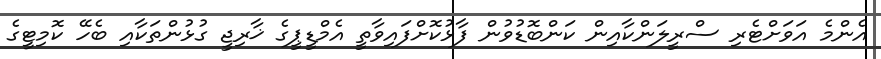
އެންމެ އަވަށްޓެރި ސްރީލަންކާއިން ކަންބޮޑުވުން ފާޅުކޮށްފައިވާތީ އެމްޑީޕީގެ ޚާރިޖީ ގުޅުންތަކާއި ބެހޭ ކޮމިޓީގެ